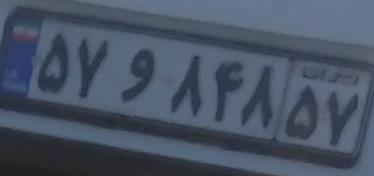
۵۷و۸۴۸۵۷